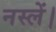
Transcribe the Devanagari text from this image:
नस्लें।